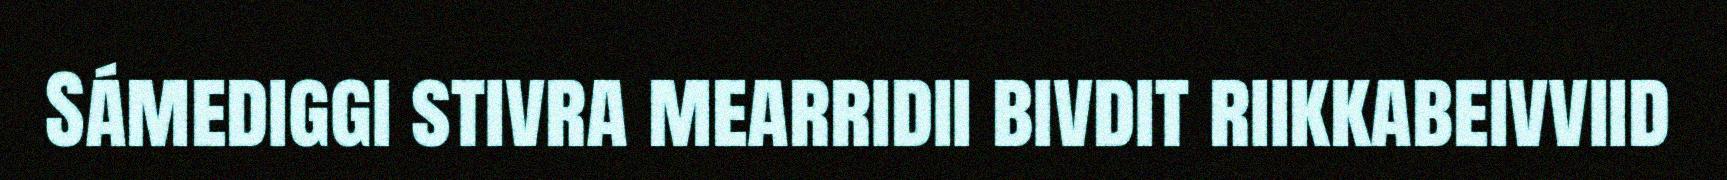
Sámediggi stivra mearridii bivdit riikkabeivviid